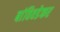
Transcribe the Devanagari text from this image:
बांविवडेकर